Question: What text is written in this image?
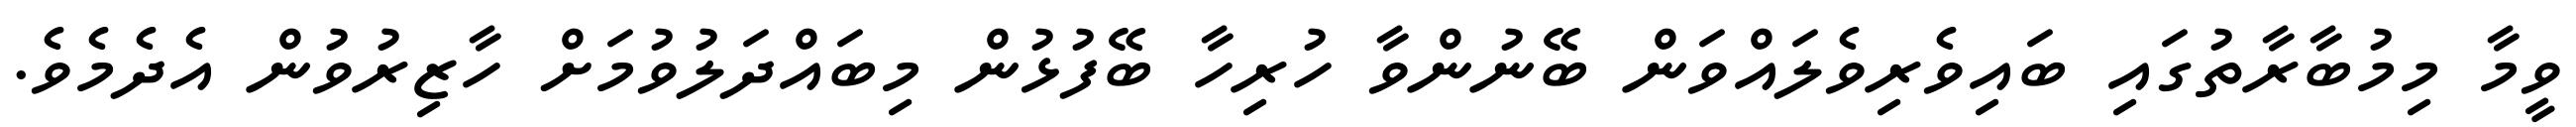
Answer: ވީމާ މިމުބާރާތުގައި ބައިވެރިވެލައްވަން ބޭނުންވާ ހުރިހާ ބޭފުޅުން މިބައްދަލުވުމަށް ހާޒިރުވުން އެދެމެވެ.